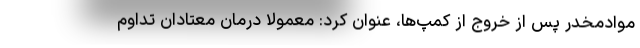
موادمخدر پس از خروج از کمپ‌ها، عنوان کرد: معمولا درمان معتادان تداوم